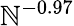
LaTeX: \mathbb{N}^{-0.97}